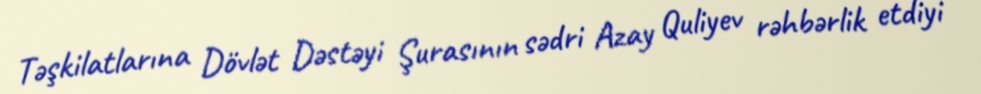
Təşkilatlarına Dövlət Dəstəyi Şurasının sədri Azay Quliyev rəhbərlik etdiyi